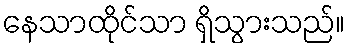
နေသာထိုင်သာ ရှိသွားသည်။